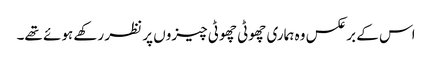
اس کے برعکس وہ ہماری چھوٹی چھوٹی چیزوں پر نظر رکھے ہوئے تھے۔